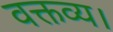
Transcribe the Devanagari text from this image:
वक्तव्य।